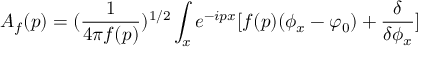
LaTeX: A _ { f } ( p ) = ( { \frac { 1 } { 4 \pi f ( p ) } } ) ^ { 1 / 2 } \int _ { x } e ^ { - i p x } [ f ( p ) ( \phi _ { x } - \varphi _ { 0 } ) + { \frac { \delta } { \delta \phi _ { x } } } ]